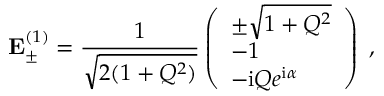
\mathbf { E } _ { \pm } ^ { ( 1 ) } = \frac { 1 } { \sqrt { 2 ( 1 + Q ^ { 2 } ) } } \left( \begin{array} { l } { \pm \sqrt { 1 + Q ^ { 2 } } } \\ { - 1 } \\ { - \mathrm { i } Q e ^ { \mathrm { i } \alpha } } \end{array} \right) \; ,